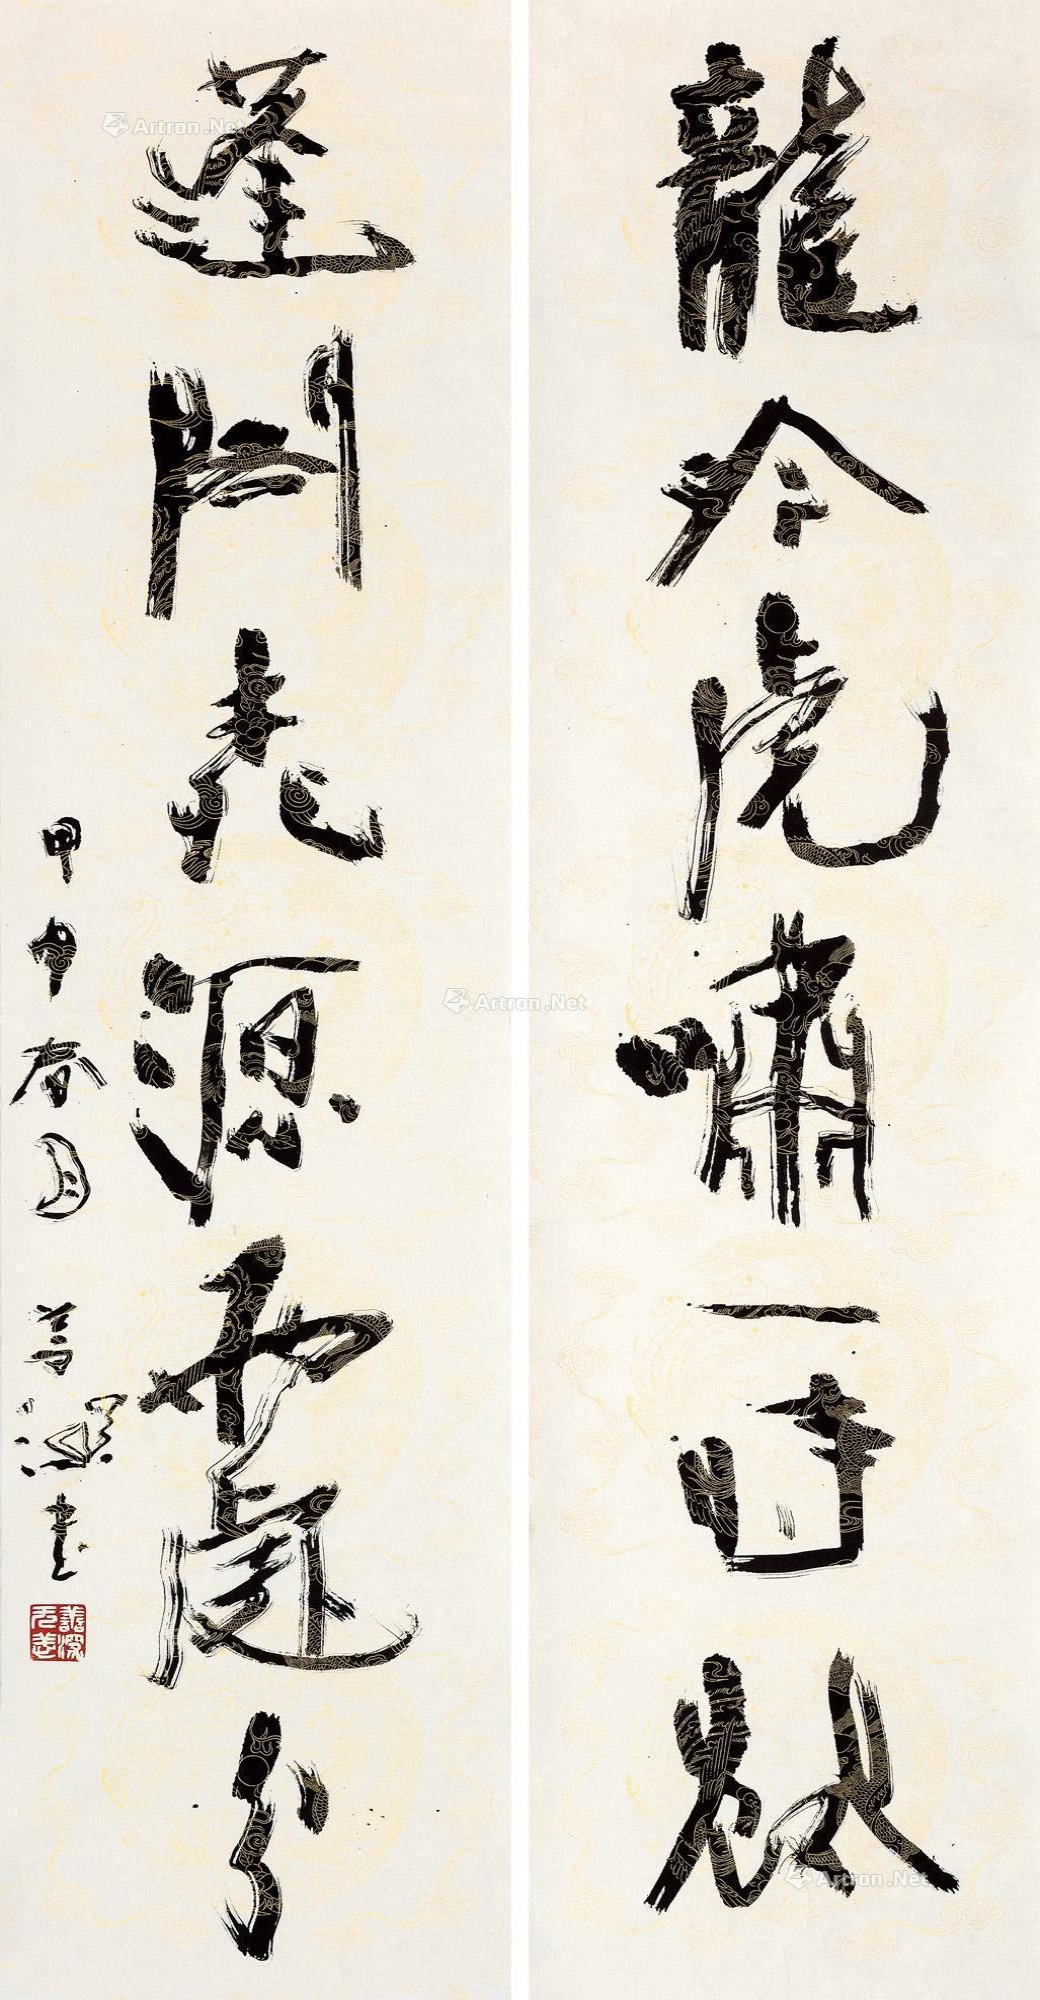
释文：龙吟虎啸一时发，蓬阁桃源两处分。甲申春月，善深书。